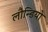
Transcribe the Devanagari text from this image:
लौन्डियोे